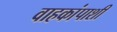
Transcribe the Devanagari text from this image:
वाहकांपाशी